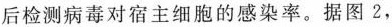
后检测病毒对宿主细胞的感染率、据图2，